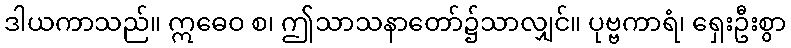
ဒါယကာသည်။ ဣဓေဝ စ၊ ဤသာသနာတော်၌သာလျှင်။ ပုဗ္ဗကာရံ၊ ရှေးဦးစွာ